Memorandum on the prevention of leprosy by segregation of the affected
Disease focus: Leprosy
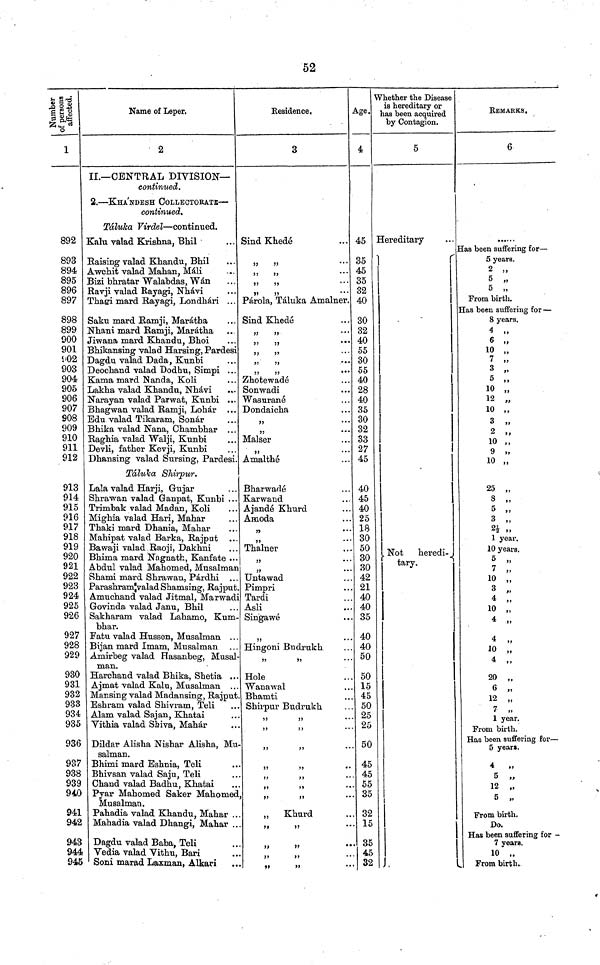
52
Number of
persons
affected.
1
892
893
894
895
896
897
898
899
900
901
902
903
904
905
906
907
908
909
910
911
912
913
914
915
916
917
918
919
920
921
922
923
924
925
926
927
928
929
930
931
932
933
934
935
936
937
938
939
940
941
942
943
944
945
Name of Leper.
2
II.— CENTRAL DIVISION—
continued.
2. — KHA'NDESH COLLECTORATE —
continued.
Táluka Virdel — continued.
Kalu valad Krishna, Bhil
Raising valad Khandu, Bhil
Awchit valad Mahan, Mali
Bizi bhratar Walabdas, Wán
Ravji valad Rayagi, Nhávi
Thagi mard Rayagi, Londhári ...
Saku mard Ramji, Marátha
Nhani mard Ramji, Marátha
Jiwana mard Khandu, Bhoi
Bhikansing valad Harsing, Pardesi
Dagdu valad Dada, Kunbi
Deochand valad Dodhu, Simpi ...
Kama mard Nanda, Koli
Lakha valad Khandu, Nhávi
Narayan valad Parwat, Kunbi ...
Bhagwan valad Ramji, Lohár ...
Edu valad Tikaram, Sonar
Bhika valad Nana, Chambhar . . .
Raghia valad Walji, Kunbi
Devli, father Kevji, Kunbi
Dhansing valad Sursing, Pardesi.
Táluka Shirpur.
Lala valad Harji, Gujar
Shrawan valad Ganpat, Kunbi ...
Trimbak valad Madan, Koli
Mighia valad Hari, Mahar
Thaki mard Dhania, Mahar
Mahipat valad Barka, Rajput
Bawaji valad Raoji, Dakhni
Bhima mard Nagnath, Kanfate ...
Abdul valad Mahomed, Musalman
Shami mard Shrawan, Párdhi ...
Parashram valad Shamsing, Rajput.
Amuchand valad Jitmal, Marwadi
Govinda, valad Janu, Bhil
Sakharam valad Lahamo, Kum-
bhar.
Fatu valad Hussen, Musalman , . .
Bijan mard Imam, Musalman
Amirbeg valad Hasanbeg, Musal-
man.
Harchand valad Bhika, Shetia ...
Ajmat valad Kalu, Musalman ...
Mansing valad Madansing, Rajput
Eshram valad Shivram, Teli
Alam valad Sajan, Khatai
Vithia valad Shiva, Mahar
Dildar Alisha Nishar Alisha, Mu
salman.
Bhimi mard Eshnia, Teli
Bhivsan valad Saju, Teli
Chand valad Badhu, Khatai
Pyar Mahomed Saker Mahomed
Musalman.
Pahadia valad Khandu, Mahar . .
Mahadia valad Dhangi, Mahar ..
Dagdu valad Baba, Teli
Vedia valad Vithu, Bari
Soni marad Laxman, Alkari
Residence.
3
Sind Khedé
,, ,,
Párola, Táluka Amalner.
Sind Khedé
...
...
...
...
...
Zhotewadé
Sonwadi
Wasnrané
Dondaicha
,,
...
„
...
Malser
,,
...
Amalthé
Bharwardé
Karwand
Ajandé Khurd
Amoda
,,
...
,,
Thalner
,,
...
,,
...
Untawad
Pimpri
Tardi
Asli
Singawé
...
Hingoni Budrukh
,,
,,
Hole
Wanawal
Bhamti
Shirpur Budrukh
,,
,,
,,
,,
,,
,,
,,
,,
,,
,
,,
,,
,,
,,
„ Khurd
,,
,,
,,
,,
,,
,,
,,
,,
,,
Age.
4
45
35
45
35
32
40
30
32
40
55
30
55
40
28
40
35
30
32
33
27
45
40
45
40
25
18
30
50
30
30
42
21
40
40
35
40
40
50
50
15
45
50
25
25
50
45
45
55
35
32
15
35
45
32
Whether the Disease
is hereditary or
has been acquired
by Contagion.
5
Hereditary
Not
heredi-
tary.
REMARKS .
6
Has been suffering for —
5 years.
2 ,,
5 „
5 „
From birth.
Has been suffering for —
8 years.
4 „
6 „
10 „
7 „
3 „
5 „
10
12
,
10
3
,
2
,
10 ,
9
10 ,
25 „
8 „
5 „
3 „
2½
1 year.
10 years.
5
,,
7 „
10 „
3 „
4 ,,
10 „
4 „
4 „
10 „
4 ,,
20 „
6 „
12 „
7
1 year.
From birth.
Has been suffering for —
5 years.
4
5 „
12 „
5 „
From birth.
Do.
Has been suffering for -
7 years.
10 „
From birth.